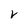
Character: V